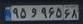
۹۵و۹۶۵۶۸